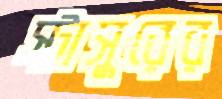
স্টাসুরের